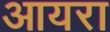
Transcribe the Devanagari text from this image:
आयरा